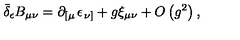
\bar { \delta } _ { \epsilon } B _ { \mu \nu } = \partial _ { \left[ \mu \right. } \epsilon _ { \left. \nu \right] } + g \xi _ { \mu \nu } + O \left( g ^ { 2 } \right) ,